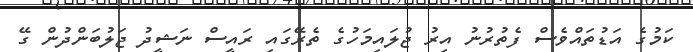
ކަމުގެ އަޑުތައްވެސް ފެތުރުނު އިރު ޖުލައިމަހުގެ ތެރޭގައި ރައީސް ނަޝީދު ޖަލުބަންދުން ގޭ